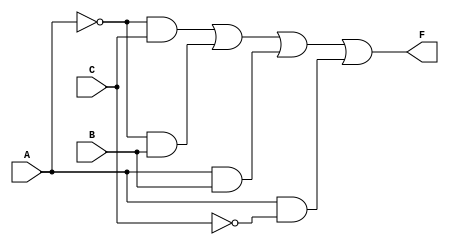
module combinational_logic (
    input wire A,      // Input A
    input wire B,      // Input B
    input wire C,      // Input C
    output wire F      // Output F(A, B, C)
);

// Intermediate signals for simplification
wire not_A, not_B, not_C;
wire term1, term2, term3, term4, term5, term6;

// NOT gates for complements
not U1(not_A, A);
not U2(not_B, B);
not U3(not_C, C);

// Sum of Products terms
and U4(term1, not_A, C);              // A' C
and U5(term2, not_A, B);              // A' B
and U6(term3, A, B);                  // A B
and U7(term4, A, not_C);              // A C'

// Final OR gate to combine all terms
or U8(F, term1, term2, term3, term4);

endmodule